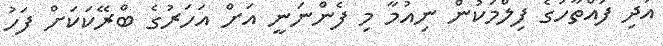
އަދި ފައްތާހުގެ ފިލްމަކުން ނިއުމާ މި ފެންނަނީ އަށް އަހަރުގެ ބްރޭކަކަށް ފަހު